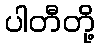
ပါတီတို့